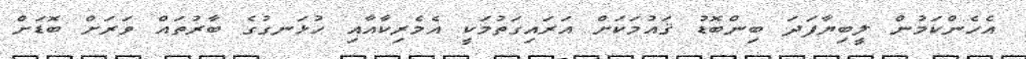
އެހެންކަމުން ލީބިޔާފަދަ ބިންބޮޑު ޤައުމަކަށް އަރައިގަތުމަކީ އެމެރިކާއާއި ހުޅަނގުގެ ބާރުތައް ވަރަށް ބޮޑަށް